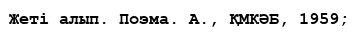
Жеті алып. Поэма. А., ҚМКӘБ, 1959;